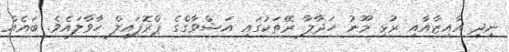
ނިދި އާއިޒާއާއި ރުޅި މޫނު ހަދާލާ ރޭތަކުގައި އަޝްވާގްގެ ޕްރޮފައިލް ހާވާލައެވެ. ބައެއް